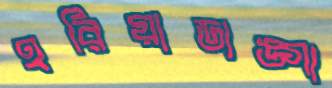
হরিয়াডাঙ্গা